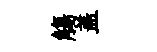
觴盖